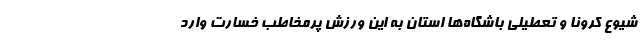
شیوع کرونا و تعطیلی باشگاه‌ها استان به این ورزش پرمخاطب خسارت وارد